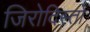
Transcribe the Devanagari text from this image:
जिरोदिस्तो